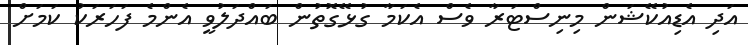
އަދި އެޑިއުކޭޝަން މިނިސްޓަރާ ވެސް އެކަމާ ގުޅޭގޮތުން ބައްދަލުވީ އެންމެ ފަހަރަކު ކަމަށް